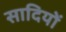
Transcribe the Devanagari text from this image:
सादियों